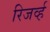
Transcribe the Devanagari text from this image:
रिजर्व्ह